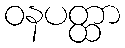
ဝနပတ္ထာ